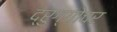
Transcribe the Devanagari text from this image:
द्रुग्गोचर